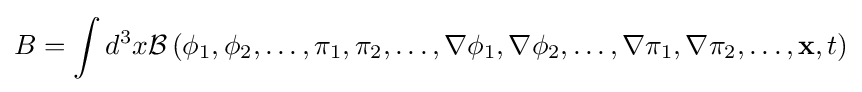
B=\int d^{3}x{\mathcal {B}}\left(\phi _{1},\phi _{2},\ldots ,\pi _{1},\pi _{2},\ldots ,\nabla \phi _{1},\nabla \phi _{2},\ldots ,\nabla \pi _{1},\nabla \pi _{2},\ldots ,\mathbf {x} ,t\right)